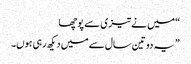
“ میں نے تیزی سے پوچھا
” یہ دو تین سال سے میں دیکھ رہی ہوں۔